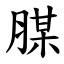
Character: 腜